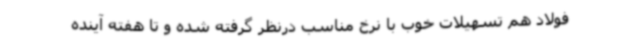
فولاد هم تسهیلات خوب با نرخ مناسب درنظر گرفته شده و تا هفته آینده